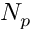
N _ { p }